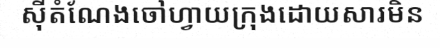
ស៊ីតំណែងចៅហ្វាយក្រុងដោយសារមិន